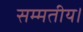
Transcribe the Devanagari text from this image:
सम्मतीय।